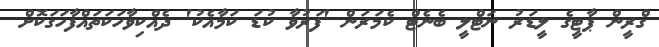
ގްރީން ޕާޓީގެ ލީޑަރު ނަޓްލީ ބެނެޓް ކެމަރަން 'ފަރުވާ ކުޑަ ކަމާއެކު' ދެއްކިވާހަކަތައްފާހަގަކޮށް